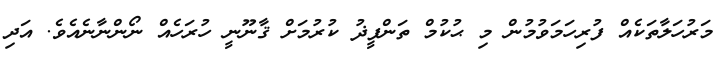
މަރުހަލާތަކެއް ފުރިހަމަވުމުން މި ޙުކުމް ތަންފީޛު ކުރުމަށް ޤާނޫނީ ހުރަހެއް ނޯންނާނެއެވެ. އަދި